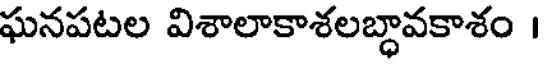
ఘనపటల విశాలాకాశలబ్ధావకాశం